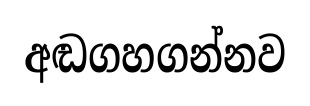
අඬගහගන්නව